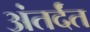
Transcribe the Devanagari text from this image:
अंतर्दंत